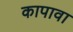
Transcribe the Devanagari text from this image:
कापावा